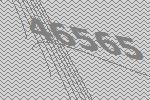
46565